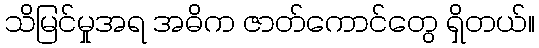
သိမြင်မှုအရ အဓိက ဇာတ်ကောင်တွေ ရှိတယ်။